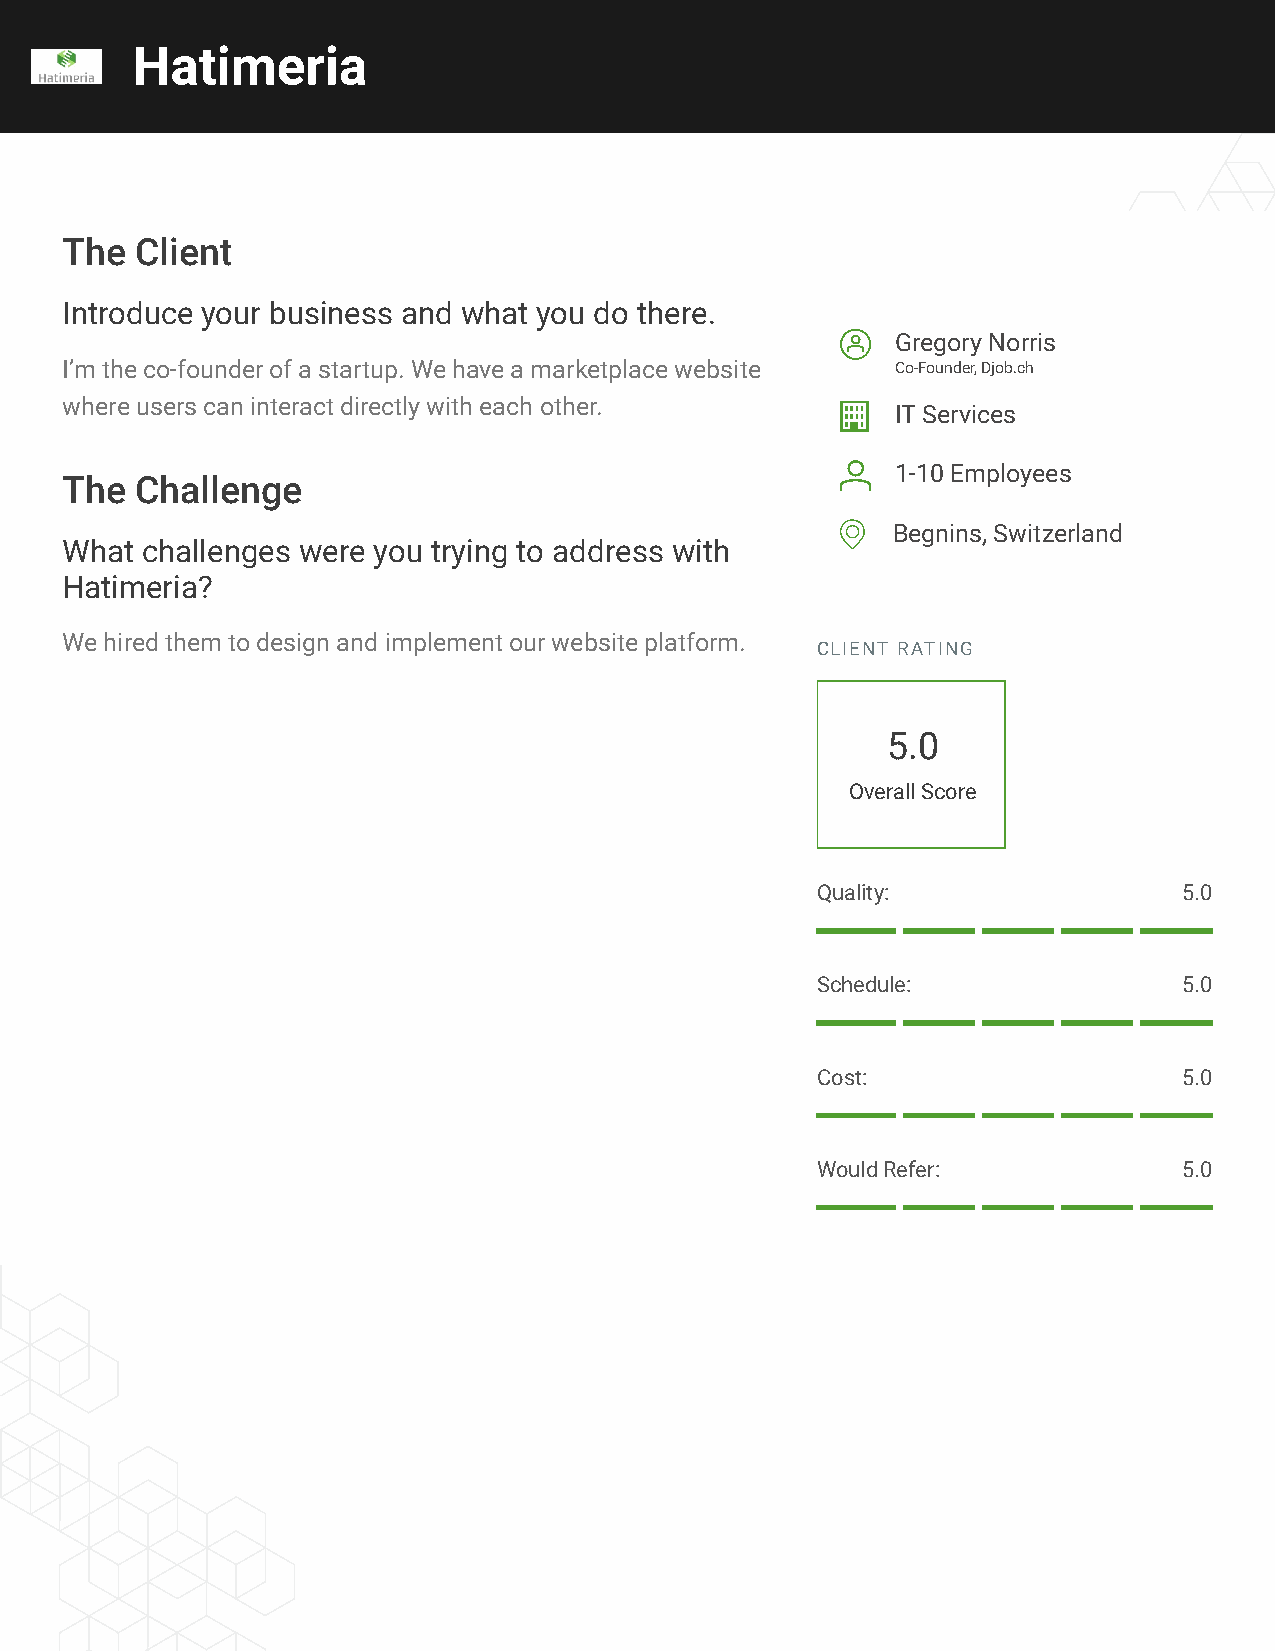
Hatimeria
 The  Client
 Introduce your business and what you do there.
 E  Gregory Norris
 I’m the co-founder of a startup. We have a marketplace website Co-Founder, Djob.ch
 where users can interact directly with each other.  G  IT Services
 H  1-10 Employees
 The  Challenge
 F  Begnins, Switzerland
 What challenges were you trying to address with
 Hatimeria?
 We hired them to design and implement our website platform.
 CLIENT RATING
 5.0
 Overall Score
 Quality:                5.0
 Schedule:               5.0
 Cost:                   5.0
 Would Refer:            5.0